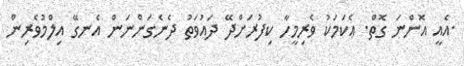
.އެއީ އޮންނަ ގޮތް. ޢެކަމަކު ވެރިމީހާ ކިފުރަށްދޭ ދައުވަތު ދެނެގަންނަން އެނގޭ އިލްމުވެރިން